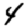
Digit: 4